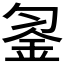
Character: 𨥒